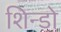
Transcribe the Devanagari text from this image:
शिन्डो